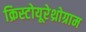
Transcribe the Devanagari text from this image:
क्रिस्टोयूरेथ्रोग्राम